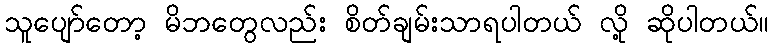
သူပျော်တော့ မိဘတွေလည်း စိတ်ချမ်းသာရပါတယ် လို့ ဆိုပါတယ်။